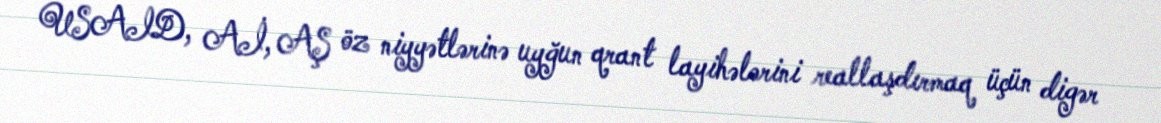
USAID, Aİ, AŞ öz niyyətlərinə uyğun qrant layihələrini reallaşdırmaq üçün digər